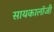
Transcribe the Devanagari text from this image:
सायकालॉजी